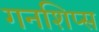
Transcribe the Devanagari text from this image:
गनशिप्स